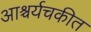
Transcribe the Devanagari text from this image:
आश्चर्यचकीत